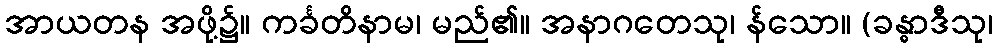
အာယတန အဖို့၌။ ကင်္ခတိနာမ၊ မည်၏။ အနာဂတေသု၊ န်သော။ (ခန္ဓာဒီသု၊